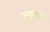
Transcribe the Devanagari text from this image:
स्‍पन्‍दन